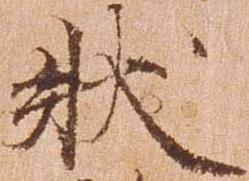
状